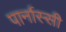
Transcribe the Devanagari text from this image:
पार्नास्सी